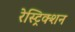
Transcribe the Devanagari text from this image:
रेस्ट्रिक्शन